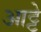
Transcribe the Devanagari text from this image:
आट्टे